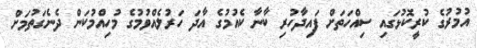
އުމުރުގެ ކުރީކޮޅުގައި ސިއްހަތަށް ފައިދާހުރި ކާނާ ކެއުމުގެ އާދަ ހަރުލެއްވުމުގެ މުހިއްމުކަން ދެނެގަތުމަށް